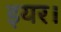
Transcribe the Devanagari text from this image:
इयर।